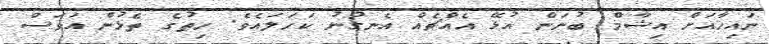
ނައިހާއަށް އިޝާމް ބުނަން އުޅޭ އެއްޗެއް އެނގުނު ކަހަލައެވެ. ހިތުގެ ތެޅުން އަވަސް